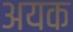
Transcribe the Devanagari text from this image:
अयक